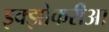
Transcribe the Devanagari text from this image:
इक्झोकरीआ